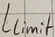
Text: Llimit